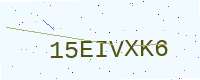
Text: 15EIVXK6